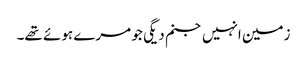
زمین انہیں جنم دیگی جو مرے ہوئے تھے۔